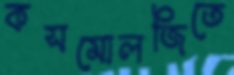
কসমোলজিতে